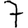
Digit: 7